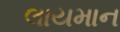
લાયમાન